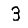
Digit: 3